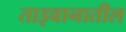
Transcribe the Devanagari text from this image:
ताइवानातील